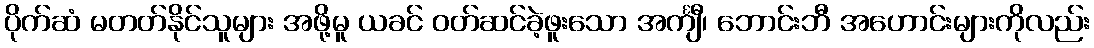
ပိုက်ဆံ မတတ်နိုင်သူများ အဖို့မူ ယခင် ဝတ်ဆင်ခဲ့ဖူးသော အင်္ကျီ၊ ဘောင်းဘီ အဟောင်းများကိုလည်း